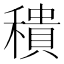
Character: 𥢢